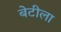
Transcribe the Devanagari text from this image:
बेटीला